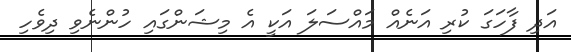
އަދި ފާހަގަ ކުރި އަނެއް މައްސަލަ އަކީ އެ މިޝަންގައި ހުންނެވި ދިވެހި